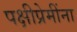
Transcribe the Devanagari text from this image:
पक्षीप्रेमींना